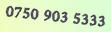
0750 903 5333